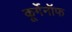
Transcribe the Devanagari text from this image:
कूर्गेनॉफ